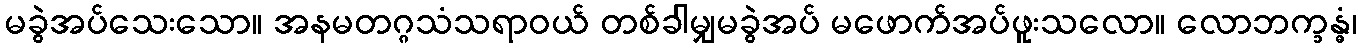
မခွဲအပ်သေးသော။ အနမတဂ္ဂသံသရာဝယ် တစ်ခါမျှမခွဲအပ် မဖောက်အပ်ဖူးသလော။ လောဘက္ခန္ဓံ၊